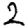
Digit: 2